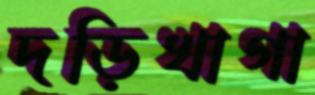
দড়িখাগা